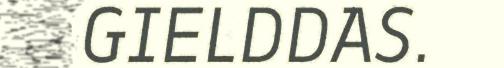
GIELDDAS.